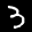
Label: 3